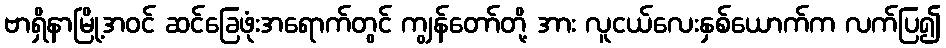
ဗာရှိနာမြို့အဝင် ဆင်ခြေဖုံးအရောက်တွင် ကျွန်တော်တို့ အား လူငယ်လေးနှစ်ယောက်က လက်ပြ၍